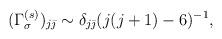
LaTeX: \begin{align*}(\Gamma^{(s)}_{\sigma})_{j\bar{\jmath}} \sim \delta_{j\bar{\jmath}}(j(j+1)-6)^{-1},\end{align*}